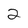
Character: 2